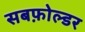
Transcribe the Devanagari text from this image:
सबफ़ोल्डर